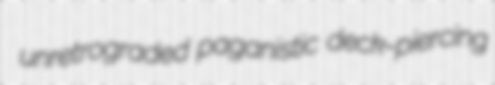
unretrograded paganistic deck-piercing